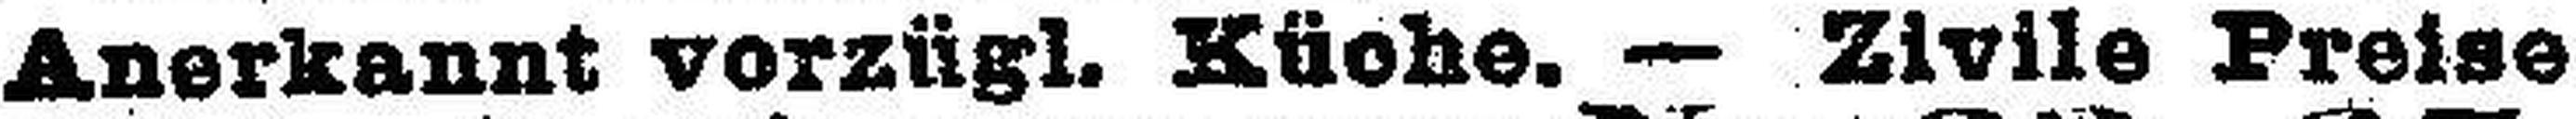
Anerkannt vorzügl. Küche. — Zivile Preise